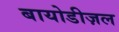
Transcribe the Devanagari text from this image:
बायोडीज़ल